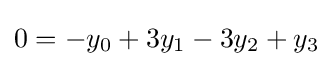
0=-y_{0}+3y_{1}-3y_{2}+y_{3}